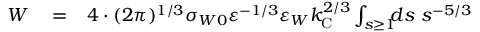
\begin{array} { r l r } { W } & { { } = } & { 4 \cdot ( 2 \pi ) ^ { 1 / 3 } \sigma _ { W 0 } \varepsilon ^ { - 1 / 3 } \varepsilon _ { W } k _ { \mathrm { { C } } } ^ { 2 / 3 } \int _ { s \ge 1 } \! \! \! d s \ s ^ { - 5 / 3 } } \end{array}